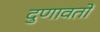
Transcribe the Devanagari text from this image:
दुणावतो